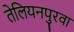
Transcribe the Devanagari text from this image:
तेलियनपुरवा